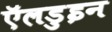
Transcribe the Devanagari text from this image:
ऍलडुइन